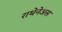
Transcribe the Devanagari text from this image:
राथेनेअस